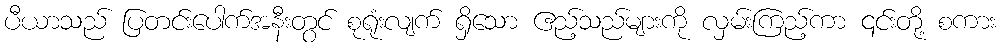
ပီယာသည် ပြတင်းပေါက်အနီးတွင် စုရုံးလျက် ရှိသော ဧည့်သည်များကို လှမ်းကြည့်ကာ ၎င်းတို့ စကား